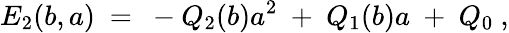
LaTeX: E_{2}(b,a)\ =\ -Q_{2}(b)a^{2}\ +\ Q_{1}(b)a\ +\ Q_{0}\ ,